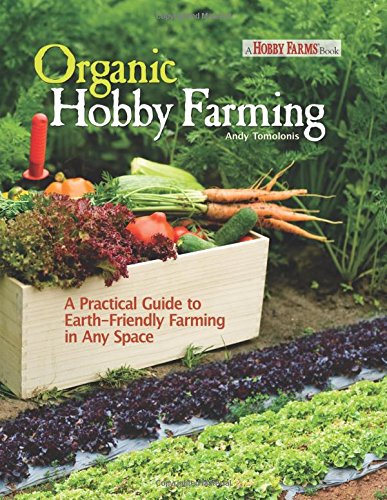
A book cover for Organic Hobby Farming: A Practical Guide to Earth-Friendly Farming in Any Space; Andy Tomolonis; Science & Math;